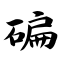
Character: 碥